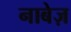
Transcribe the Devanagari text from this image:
नाबेज़